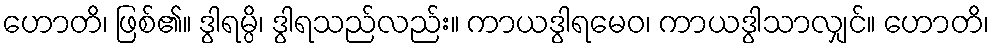
ဟောတိ၊ ဖြစ်၏။ ဒွါရမ္ပိ၊ ဒွါရသည်လည်း။ ကာယဒွါရမေဝ၊ ကာယဒွါသာလျှင်။ ဟောတိ၊